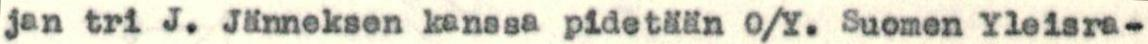
jan tri J. Jänneksen kenssa pidetään O/Y. Suomen Yleisra-